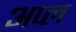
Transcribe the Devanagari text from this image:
अप्ल